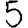
Digit: 5